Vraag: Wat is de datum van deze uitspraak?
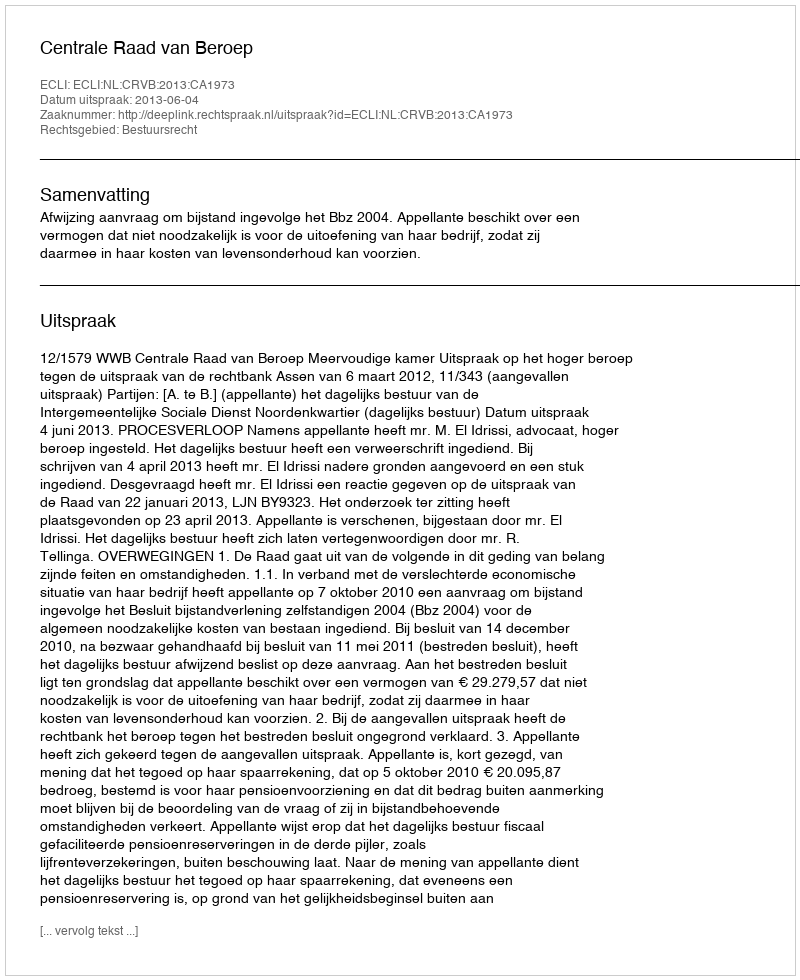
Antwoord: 2013-06-04